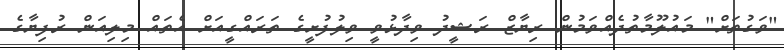
"ވަގުތަށް" މައުލޫމާތުދެއްވަމުން ރިޔާޒް ރަޝީދު ވިދާޅުވީ ވިލުފުށީގެ ތަރައްގީއަށް އެތައް މިލިއަން ރުފިޔާގެ